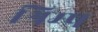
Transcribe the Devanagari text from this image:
श्रिम्‍प